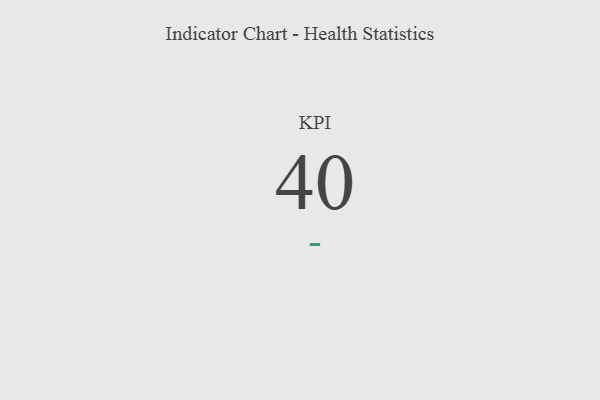
{"axis": {"x": "KPI", "y": "Value"}, "legend": [""], "data": [{"x": "KPI", "y": 40, "type": ""}]}